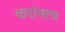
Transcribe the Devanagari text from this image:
वारांनाच